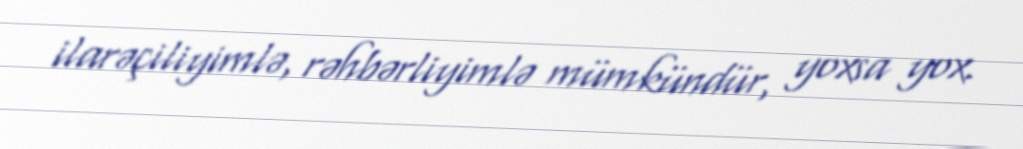
ilarəçiliyimlə, rəhbərliyimlə mümkündür, yoxsa yox.